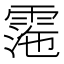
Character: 𩃰